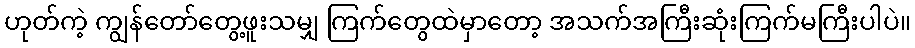
ဟုတ်ကဲ့ ကျွန်တော်တွေ့ဖူးသမျှ ကြက်တွေထဲမှာတော့ အသက်အကြီးဆုံးကြက်မကြီးပါပဲ။